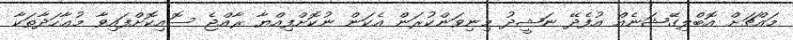
މައްޗަށް އޮބްލިގޭޝަނެއް އުފެދޭ ނަޝީދު މިނިވަންކުރަން އެކަން ނުކޮށްފިއްޔާ ރާއްޖެ ސޮއިިކޮށްފައިވާ މުޢާހަދާތަކާ